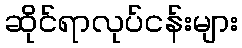
ဆိုင်ရာလုပ်ငန်းများ